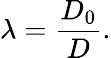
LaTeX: \lambda=\frac{D_{0}}{D}.